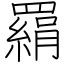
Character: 羂